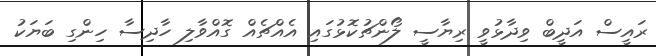
ރައީސް އަދީބް ވިދާޅުވީ ރިޔާސީ ލޯންޗުކޮޅުގައި އެއްޗެއް ގޮއްވާލި ހާދިސާ ހިންގި ބަޔަކު